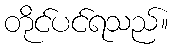
တိုင်ပင်ရသည်။